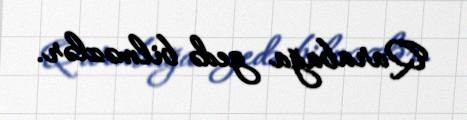
Qarabağa gedə bilməzlər.